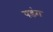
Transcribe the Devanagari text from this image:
पडंग